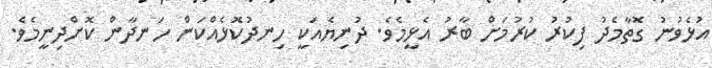
އުޅެވުނު ގޮތާމެދު ފިކުރު ކުރުމަށް ބާރު އެޅީމެވެ. ދުނިޔެއަކީ ހިނދުކޮޅެއްކަން ހަނދާން ކޮށްދިނީމެވެ.